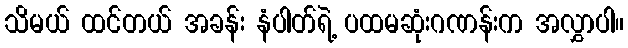
သိမယ် ထင်တယ် အခန်း နံပါတ်ရဲ့ ပထမဆုံးဂဏန်းက အလွှာပါ။